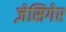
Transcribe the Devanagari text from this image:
ज़ेसिगेर